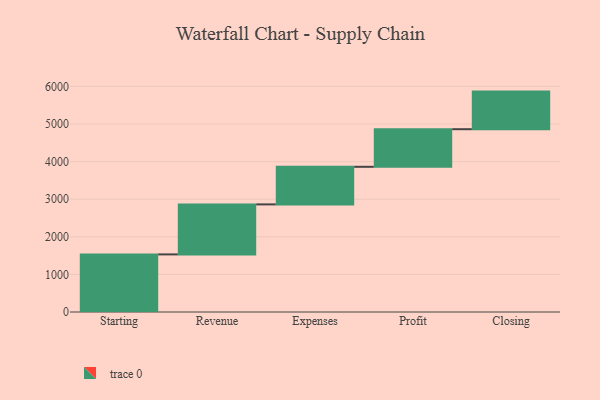
{"axis": {"x": "Step", "y": "Value"}, "legend": [""], "data": [{"x": "Starting", "y": 1532.0, "type": ""}, {"x": "Revenue", "y": 1330.0, "type": ""}, {"x": "Expenses", "y": 1000, "type": ""}, {"x": "Profit", "y": 1000, "type": ""}, {"x": "Closing", "y": 1000, "type": ""}]}